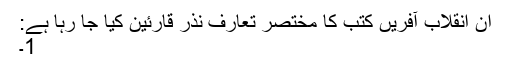
اِن انقلاب آفریں کتب کا مختصر تعارف نذرِ قارئین کیا جا رہا ہے:
1۔